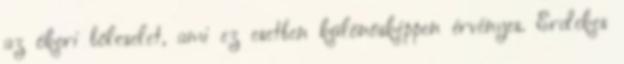
az ókori bölcselet, ami ez esetben különösképpen érvényes. Érdekes